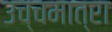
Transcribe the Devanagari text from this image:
उच्चमात्रा